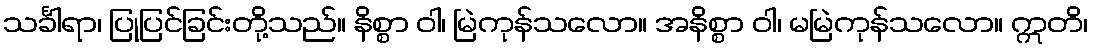
သင်္ခါရာ၊ ပြုပြင်ခြင်းတို့သည်။ နိစ္စာ ဝါ၊ မြဲကုန်သလော။ အနိစ္စာ ဝါ၊ မမြဲကုန်သလော။ ဣတိ၊